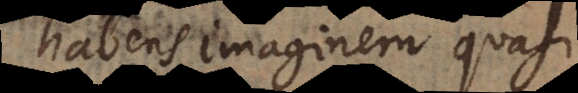
habens imaginem quasi